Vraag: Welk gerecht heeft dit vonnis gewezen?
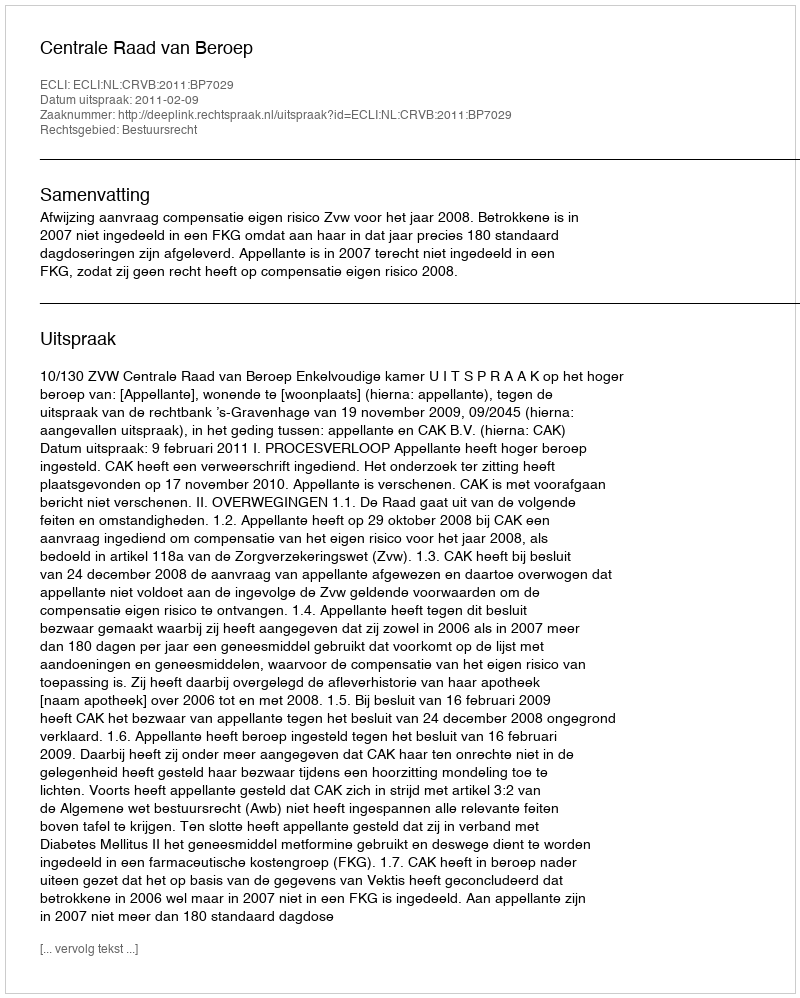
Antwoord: Centrale Raad van Beroep